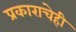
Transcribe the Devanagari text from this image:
प्रकाराचेही